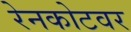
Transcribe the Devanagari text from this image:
रेनकोटवर